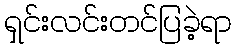
ရှင်းလင်းတင်ပြခဲ့ရာ